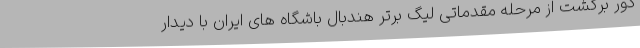
دور برگشت از مرحله مقدماتی لیگ برتر هندبال باشگاه های ایران با دیدار